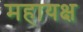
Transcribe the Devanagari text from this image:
महायक्ष